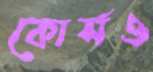
কোর্সও